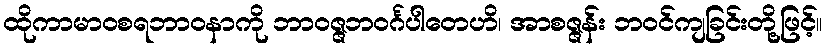
ထိုကာမာဝစရဘာဝနာကို ဘာဝဇ္ဇဘဝင်္ဂပါတေဟိ၊ အာစဇ္ဇန်း ဘဝင်ကျခြင်းတို့ဖြင့်။